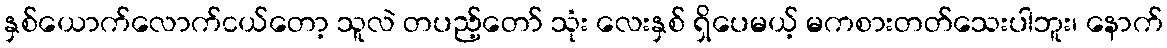
နှစ်ယောက်လောက်ငယ်တော့ သူလဲ တပည့်တော် သုံး လေးနှစ် ရှိပေမယ့် မကစားတတ်သေးပါဘူး၊ နောက်